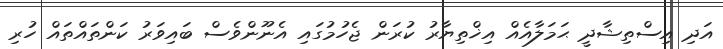
އަދި އިސްތިޝާދީ ޙަމަލާއެއް އިޚްތިޔާރު ކުރަން ޖެހުމުގައި އެނޫންވެސް ބައިވަރު ކަންތައްތައް ހުރި